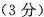
(3分)